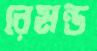
রেমন্ড